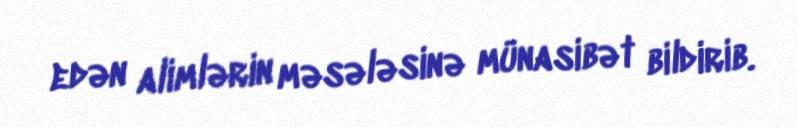
edən alimlərin məsələsinə münasibət bildirib.